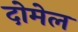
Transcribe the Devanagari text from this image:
दोमेल